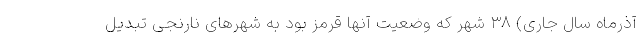
آذرماه سال جاری) ۳۸ شهر که وضعیت آنها قرمز بود به شهرهای نارنجی تبدیل